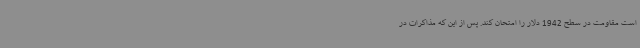
است مقاومت در سطح 1942 دلار را امتحان کند. پس از این که مذاکرات در